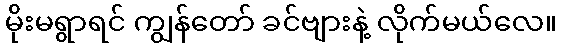
မိုးမရွာရင် ကျွန်တော် ခင်ဗျားနဲ့ လိုက်မယ်လေ။